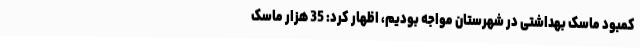
کمبود ماسک بهداشتی در شهرستان مواجه بودیم، اظهار کرد: 35 هزار ماسک